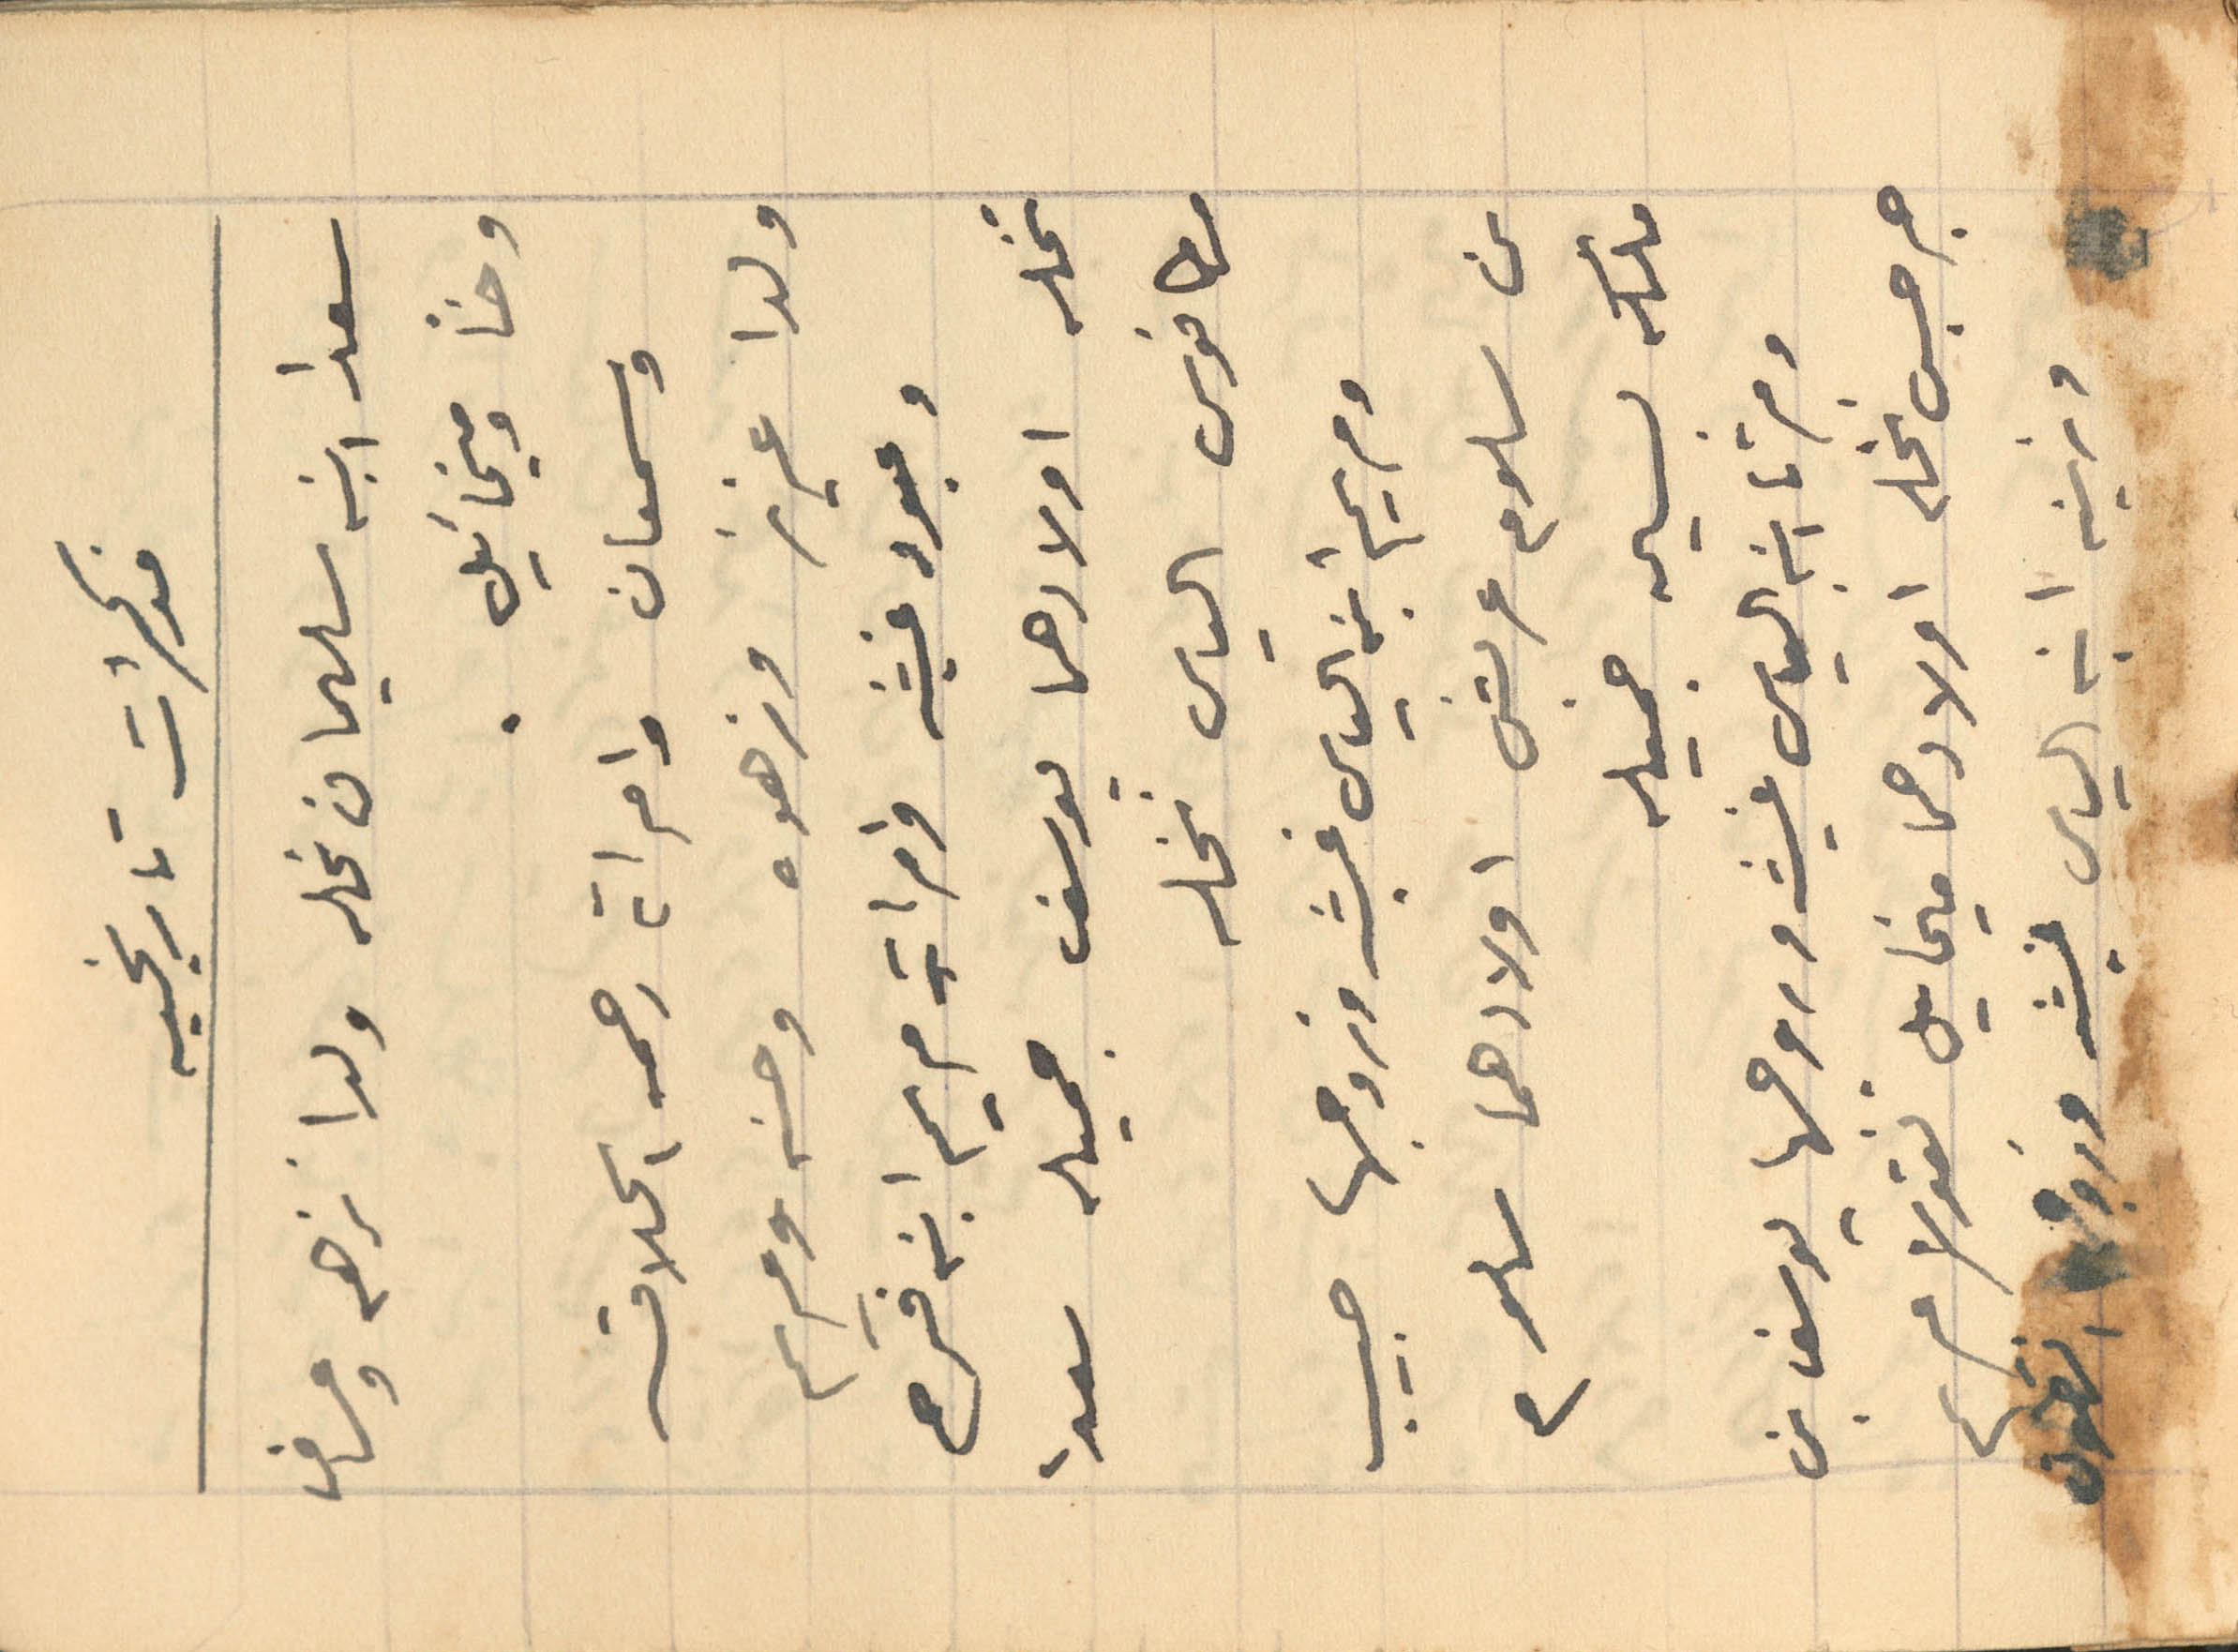
مذكرات تاريخيه
سعدا ابنه سليمان نحله ولدا نزهه وعساف
وحنا وميخائيل.
وسمعان وامراته رحمه الحلاق
ولدا عزيز وزهوه وحنه ومريم
وعبود غيث وامراته مريم ابنه فرح
نخله اولادهما يوسف جميله سعدا
مطانوس الياس نخله
ومريم ابنه الياس غيث وزوجها حبيب
بن سلوم عربش اولادهما سلوم
ملكه بسيمه جميله
ومرتا ابنه الياس غيث وروجها يوسف بن
جرجس نخله اولادهما ميخايل نقولا مريم
وزينه ابنه الياس غيث وزوجها انطون